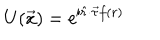
U ( \vec { x } ) = { \mathrm e } ^ { { \mathrm i } \hat { r } \cdot \vec { \tau } f ( r ) }